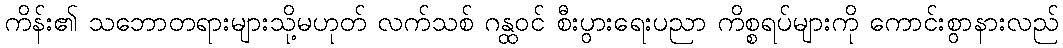
ကိန်း၏ သဘောတရားများသို့မဟုတ် လက်သစ် ဂန္ထဝင် စီးပွားရေးပညာ ကိစ္စရပ်များကို ကောင်းစွာနားလည်